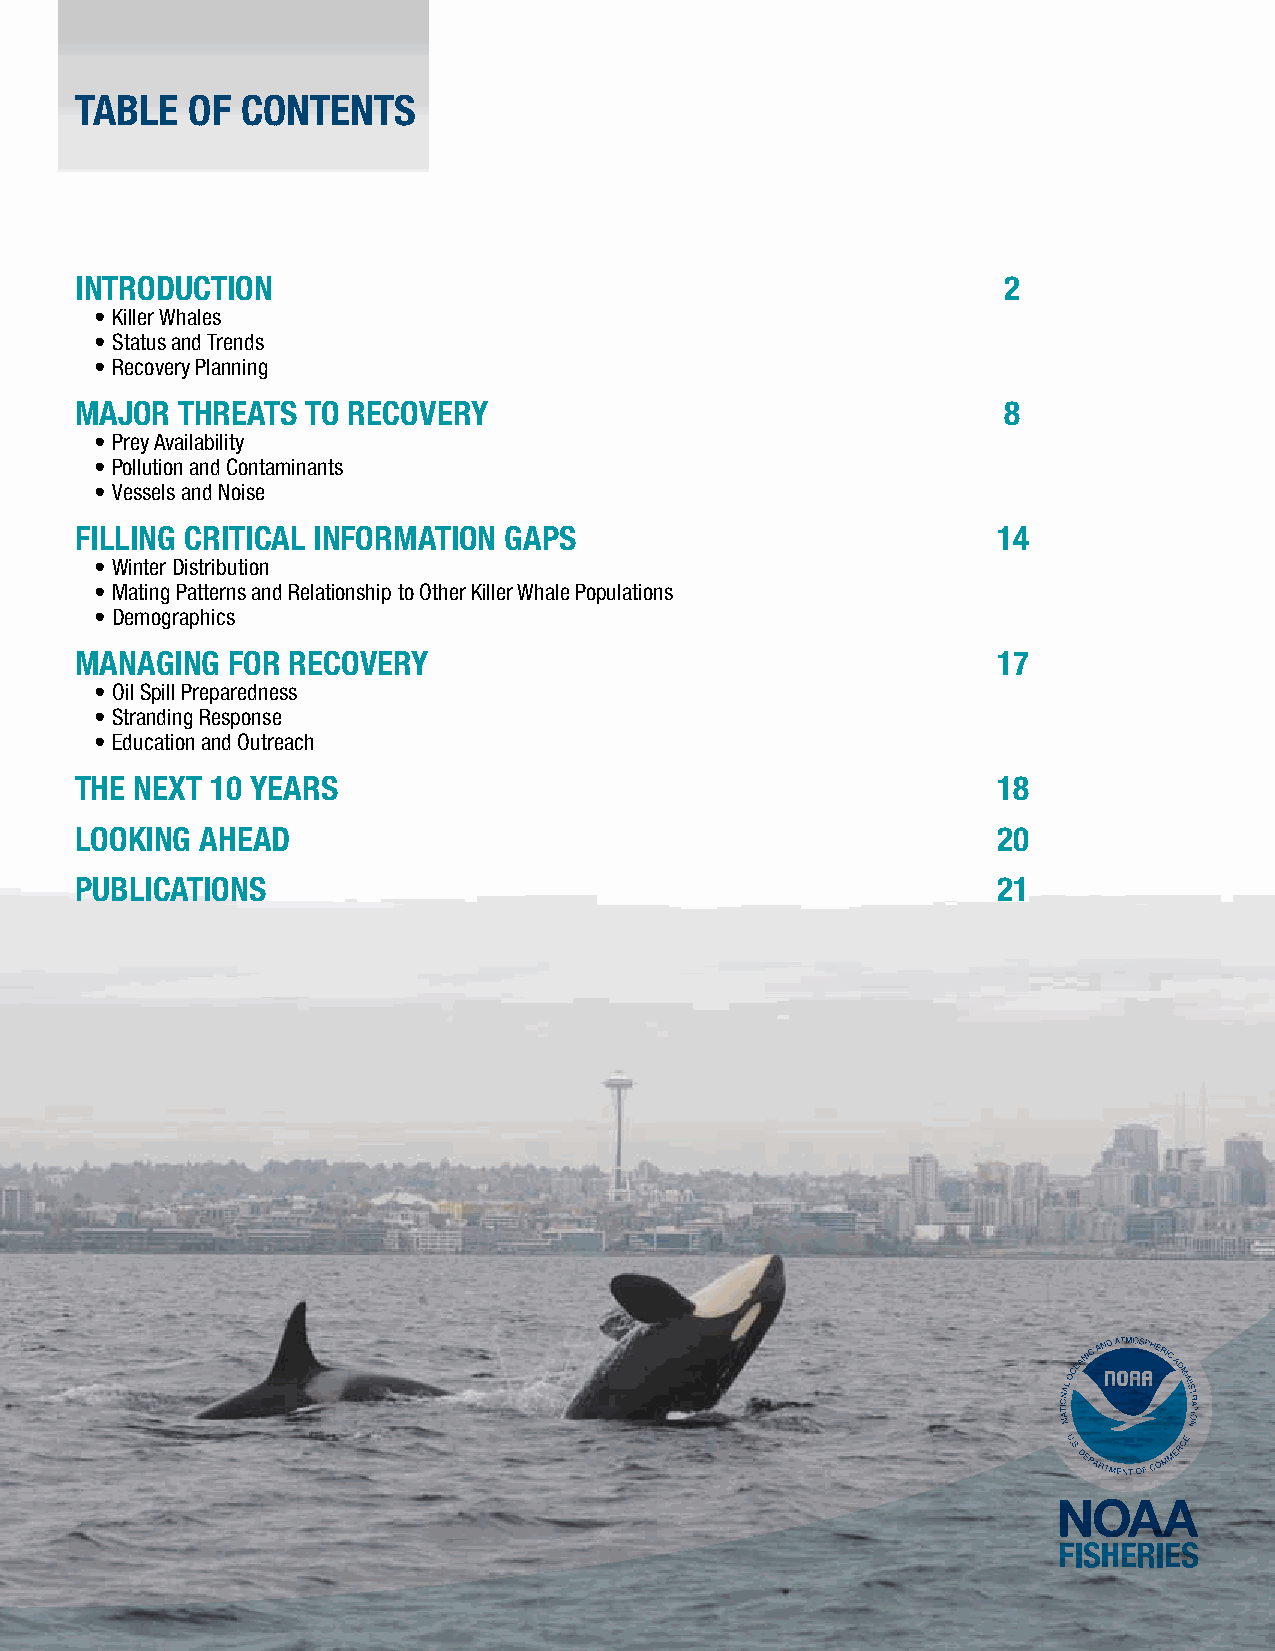
TAblE  OF  CONTENTS
 iNTROdUCTiON                                                  2
 • Killer Whales
 • Status and Trends
 • Recovery Planning
 MAJOR  THREATS TO RECOVERY                                    8
 • Prey Availability
 • Pollution and Contaminants
 • Vessels and Noise
 FilliNG CRiTiCAl iNFORMATiON GAPS                            14
 • Winter Distribution
 • Mating Patterns and Relationship to Other Killer Whale Populations
 • Demographics
 MANAGiNG  FOR RECOVERY                                       17
 • Oil Spill Preparedness
 • Stranding Response
 • Education and Outreach
 THE NEXT 10 YEARS                                            18
 lOOKiNG AHEAd                                                20
 PUbliCATiONS                                                 21